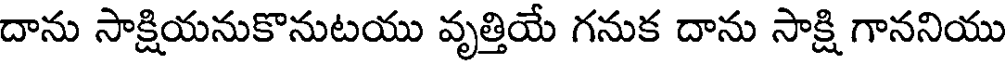
దాను సాక్షియనుకొనుటయు వృత్తియే గనుక దాను సాక్షి గాననియు